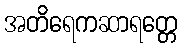
အတိရေကဆာရတ္တေ